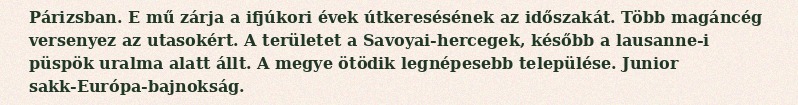
Párizsban. E mű zárja a ifjúkori évek útkeresésének az időszakát. Több magáncég versenyez az utasokért. A területet a Savoyai-hercegek, később a lausanne-i püspök uralma alatt állt. A megye ötödik legnépesebb települése. Junior sakk-Európa-bajnokság.